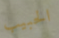
الحبيب